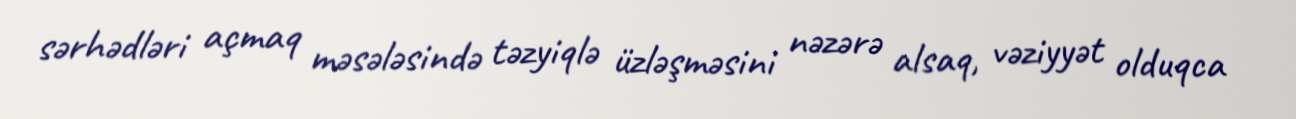
sərhədləri açmaq məsələsində təzyiqlə üzləşməsini nəzərə alsaq, vəziyyət olduqca